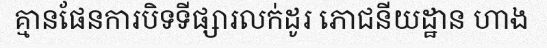
គ្មានផែនការបិទទីផ្សារលក់ដូរ ភោជនីយដ្ឋាន ហាង